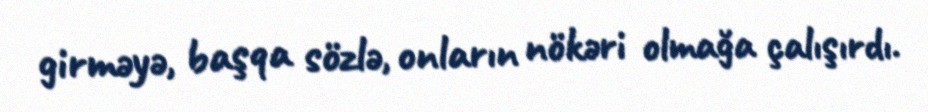
girməyə, başqa sözlə, onların nökəri olmağa çalışırdı.